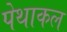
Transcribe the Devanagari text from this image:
पेथाकल